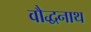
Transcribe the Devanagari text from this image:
वौद्धनाथ